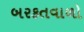
બરકતવાળો